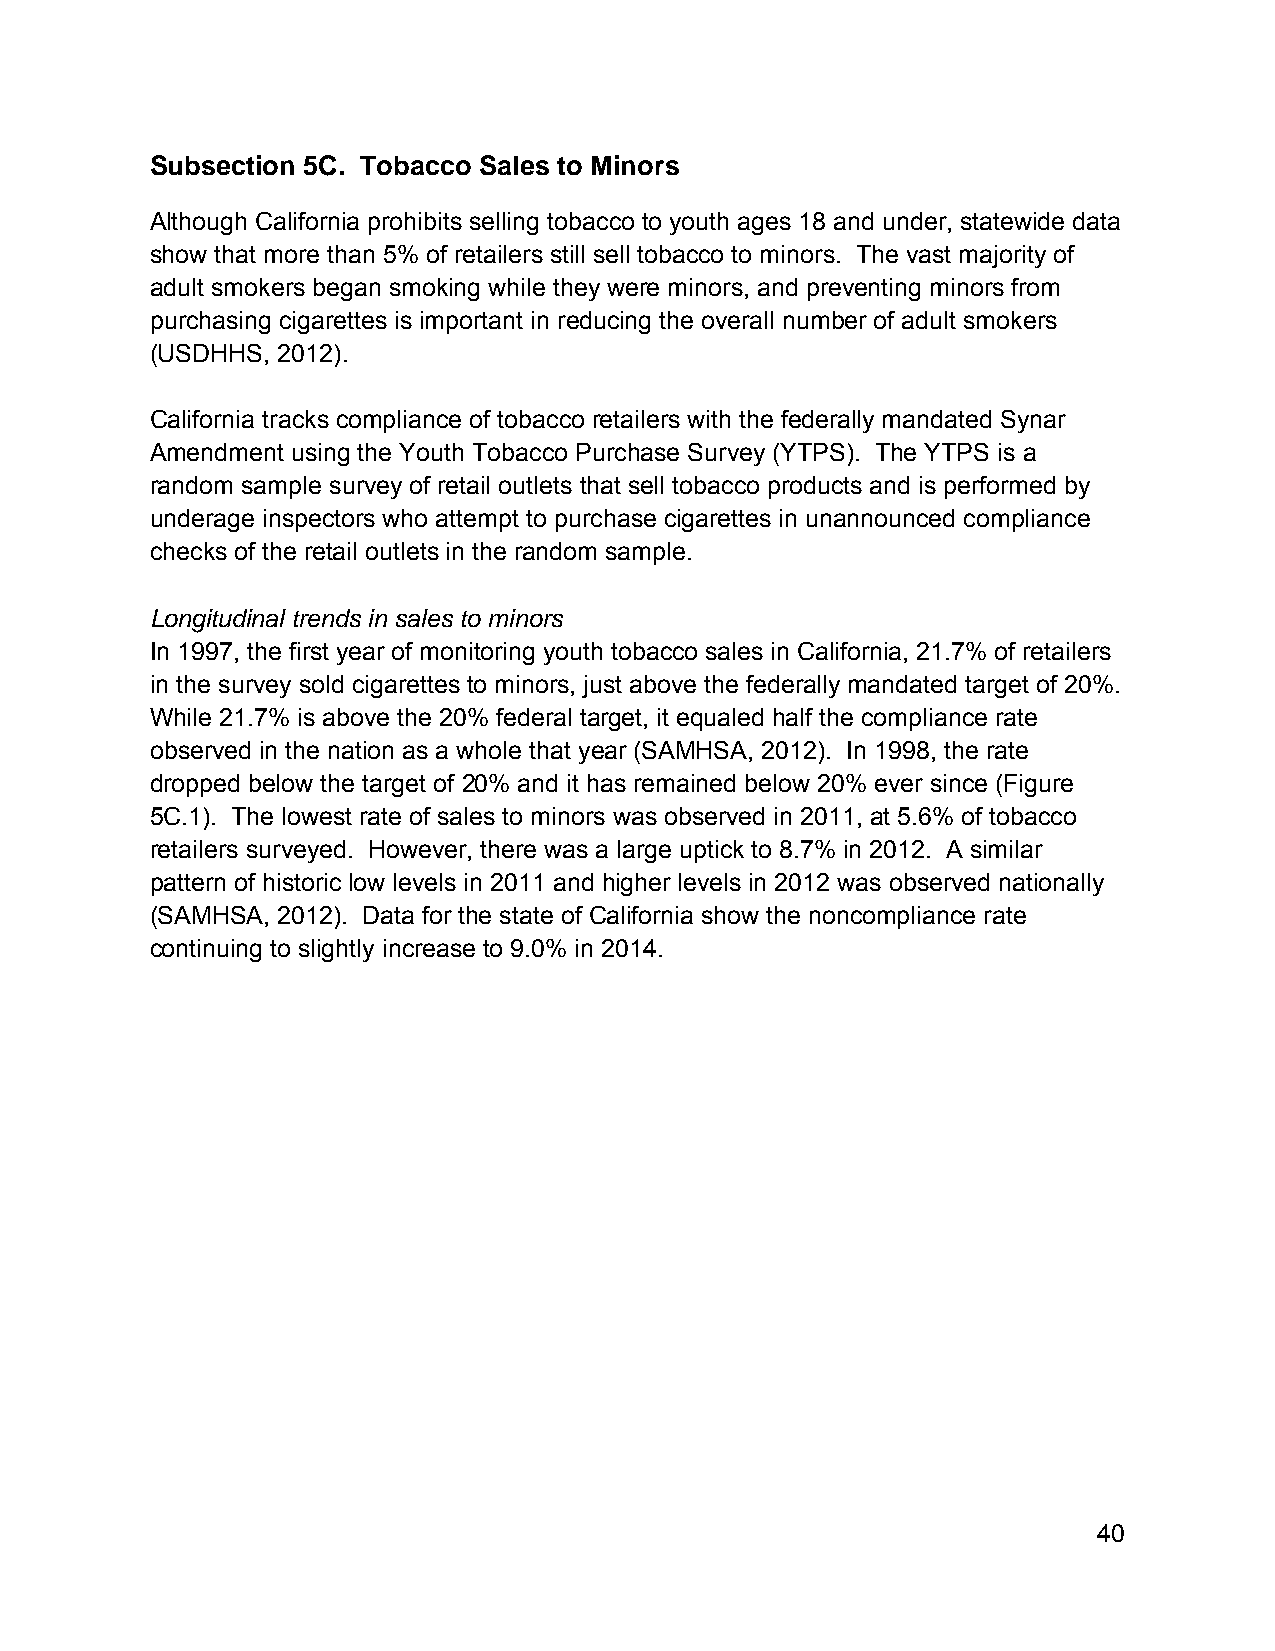
Subsection 5C. Tobacco Sales to Minors
 Although California prohibits selling tobacco to youth ages 18 and under, statewide data
 show that more than 5% of retailers still sell tobacco to minors. The vast majority of
 adult smokers began smoking while they were minors, and preventing minors from
 purchasing cigarettes is important in reducing the overall number of adult smokers
 (USDHHS, 2012).
 California tracks compliance of tobacco retailers with the federally mandated Synar
 Amendment using the Youth Tobacco Purchase Survey (YTPS). The YTPS is a
 random sample survey of retail outlets that sell tobacco products and is performed by
 underage inspectors who attempt to purchase cigarettes in unannounced compliance
 checks of the retail outlets in the random sample.
 Longitudinal trends in sales to minors
 In 1997, the first year of monitoring youth tobacco sales in California, 21.7% of retailers
 in the survey sold cigarettes to minors, just above the federally mandated target of 20%.
 While 21.7% is above the 20% federal target, it equaled half the compliance rate
 observed in the nation as a whole that year (SAMHSA, 2012). In 1998, the rate
 dropped below the target of 20% and it has remained below 20% ever since (Figure
 5C.1). The lowest rate of sales to minors was observed in 2011, at 5.6% of tobacco
 retailers surveyed. However, there was a large uptick to 8.7% in 2012. A similar
 pattern of historic low levels in 2011 and higher levels in 2012 was observed nationally
 (SAMHSA, 2012). Data for the state of California show the noncompliance rate
 continuing to slightly increase to 9.0% in 2014.
 40